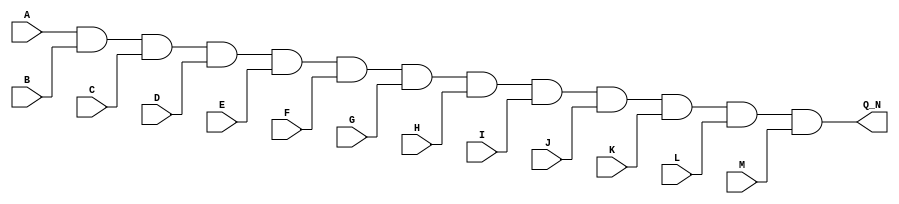
/*
 * $Id$
 */

/*
 * 13 input and gate
 */

module part_74S133( A, B, C, D, E, F, G, H, I, J, K, L, M, Q_N );

  input A, B, C, D, E, F, G, H, I, J, K, L, M;
  output Q_N;

  assign Q_N = A & B & C & D & E & F & G & H & I & J & K & L & M;

endmodule